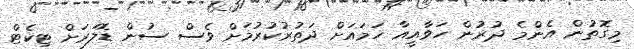
މިގޮތުން އެންމެ ދުރުން ހަވާއީއާ ހަމައަށް ދަތުރުކުރުމަށް ވެސް ސުން ޑޮލަރަށް ޓިކެޓް